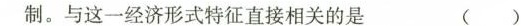
制。与这一经济形式特征直接相关的是 (